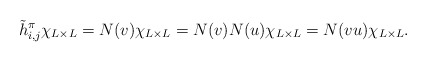
\begin{align*}\tilde{h}^{\pi}_{i,j} \chi_{L\times L}=N(v)\chi_{L\times L}=N(v)N(u)\chi_{L\times L}=N(vu)\chi_{L\times L}.\end{align*}